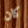
كان